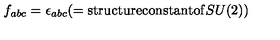
f _ { a b c } = \epsilon _ { a b c } ( = \mathrm { s t r u c t u r e c o n s t a n t o f } S U ( 2 ) )